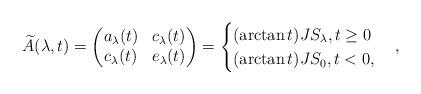
LaTeX: \begin{align*}\widetilde{A}(\lambda,t)=\begin{pmatrix}a_\lambda(t)&c_\lambda(t)\\c_\lambda(t)&e_\lambda(t)\end{pmatrix}=\begin{cases}(\arctan t)JS_{\lambda},t\geq 0\\(\arctan t) JS_0,t<0,\end{cases},\end{align*}